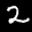
Label: 2